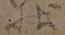
状